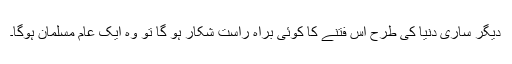
دیگر ساری دنیا کی طرح اس فتنے کا کوئی براہ راست شکار ہو گا تو وہ ایک عام مسلمان ہوگا۔